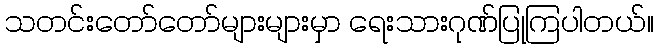
သတင်းတော်တော်များများမှာ ရေးသားဂုဏ်ပြုကြပါတယ်။